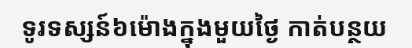
ទូរទស្សន៍៦ម៉ោងក្នុងមួយថ្ងៃ កាត់បន្ថយ